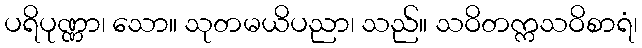
ပရိပုဏ္ဏာ၊ သော။ သုတမယိပညာ၊ သည်။ သဝိတက္ကသဝိစာရံ၊